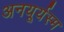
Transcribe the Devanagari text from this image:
अनयूर्यस्म